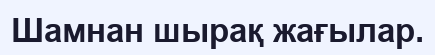
Шамнан шырақ жағылар.